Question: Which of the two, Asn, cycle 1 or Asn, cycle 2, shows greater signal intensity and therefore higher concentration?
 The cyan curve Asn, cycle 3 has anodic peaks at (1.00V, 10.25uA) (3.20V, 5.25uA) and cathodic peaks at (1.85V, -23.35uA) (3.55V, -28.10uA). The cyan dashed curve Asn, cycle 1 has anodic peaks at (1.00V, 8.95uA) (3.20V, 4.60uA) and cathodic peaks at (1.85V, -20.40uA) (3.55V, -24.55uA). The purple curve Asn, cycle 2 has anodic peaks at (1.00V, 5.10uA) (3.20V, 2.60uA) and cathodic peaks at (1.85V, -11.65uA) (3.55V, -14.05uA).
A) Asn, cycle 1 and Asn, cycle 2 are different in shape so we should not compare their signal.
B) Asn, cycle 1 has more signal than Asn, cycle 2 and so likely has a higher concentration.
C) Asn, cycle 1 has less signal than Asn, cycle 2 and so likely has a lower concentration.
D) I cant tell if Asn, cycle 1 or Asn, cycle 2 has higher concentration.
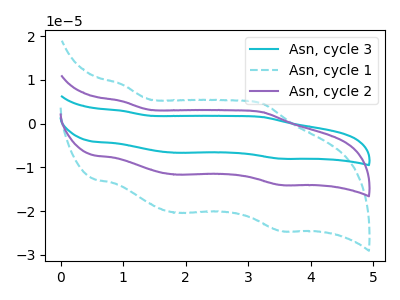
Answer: <think>All the peaks in "Asn, cycle 1" have a peak in "Asn, cycle 2" at the same potential. Every peak in "Asn, cycle 1" is higher than every peak in "Asn, cycle 2".
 </think>
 <answer>B) "Asn, cycle 1" has more signal than "Asn, cycle 2" and so likely has a higher concentration.</answer>
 <eval>B</eval>